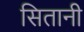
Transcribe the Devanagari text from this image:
सितानी